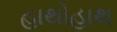
હાથોહાથ